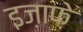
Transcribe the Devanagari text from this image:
इज़ाफ़े